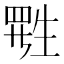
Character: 𬎷